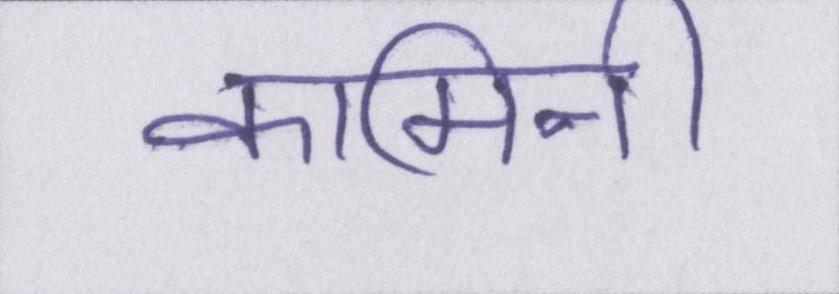
कामिनी